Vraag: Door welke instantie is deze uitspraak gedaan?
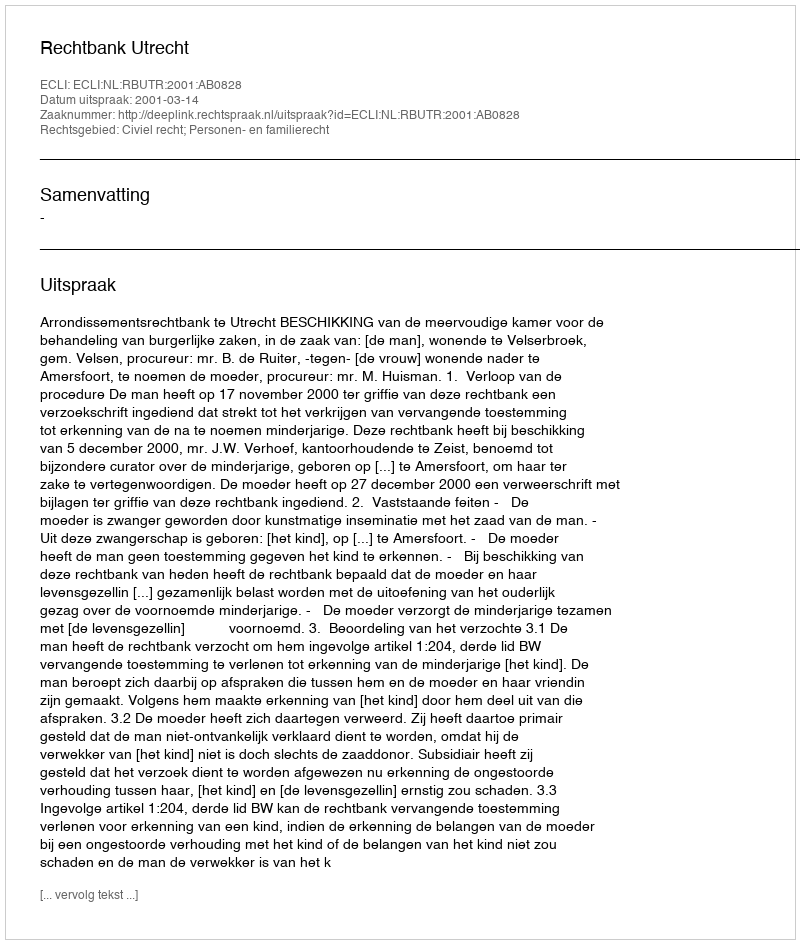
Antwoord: Rechtbank Utrecht